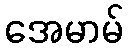
အေမာမ်